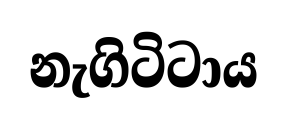
නැගිටිටාය